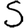
Digit: 5